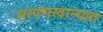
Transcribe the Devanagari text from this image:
सरपणखान्यात